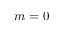
m = 0